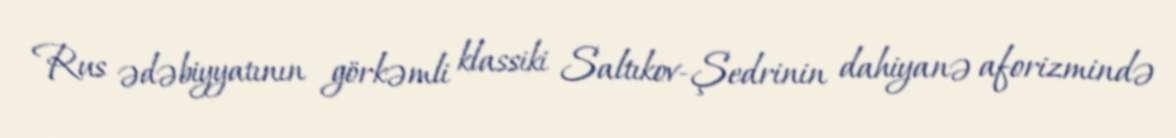
Rus ədəbiyyatının görkəmli klassiki Saltıkov-Şedrinin dahiyanə aforizmində